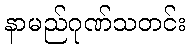
နာမည်ဂုဏ်သတင်း